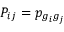
P _ { i j } = p _ { g _ { i } g _ { j } }